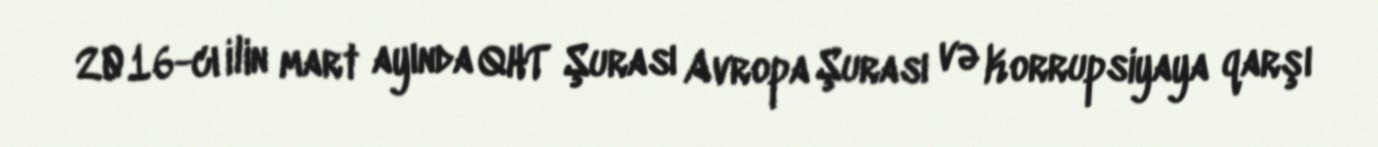
2016-cı ilin mart ayında QHT Şurası Avropa Şurası və Korrupsiyaya qarşı